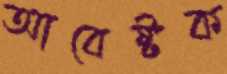
আবেষ্টক